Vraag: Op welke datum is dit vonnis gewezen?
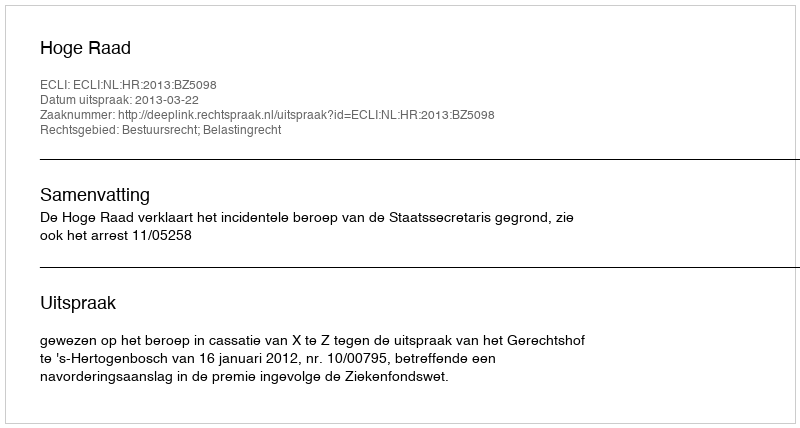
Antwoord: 2013-03-22